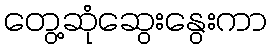
တွေ့ဆုံဆွေးနွေးကာ